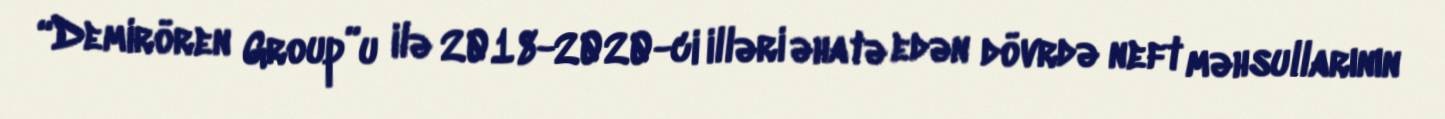
“Demirören Group”u ilə 2018-2020-ci illəri əhatə edən dövrdə neft məhsullarının